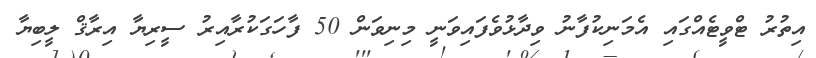
އިތުރު ޓްވީޓެއްގައި އެމަނިކުފާނު ވިދާޅުވެފައިވަނީ މިނިވަން 50 ފާހަގަކުރާއިރު ސީރިޔާ އިރާޤް ލީބިޔާ